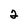
Character: 2